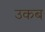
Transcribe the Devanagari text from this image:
उकब